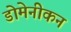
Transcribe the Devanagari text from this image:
डोमेनीकन